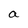
Character: a